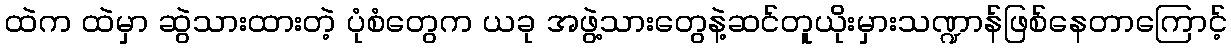
ထဲက ထဲမှာ ဆွဲသားထားတဲ့ ပုံစံတွေက ယခု အဖွဲ့သားတွေနဲ့ဆင်တူယိုးမှားသဏ္ဍာန်ဖြစ်နေတာကြောင့်